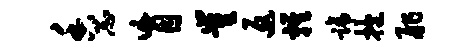
香忐盲崔返鸡蹄抱舴